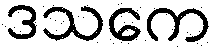
ဒသကေ